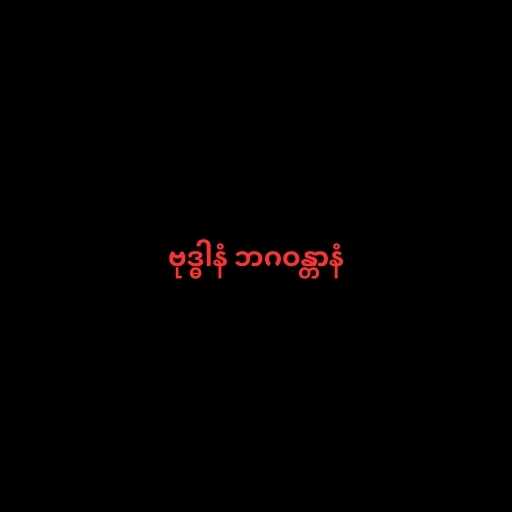
ဗုဒ္ဓါနံ ဘဂဝန္တာနံ